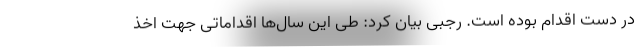
در دست اقدام بوده است. رجبی بیان کرد: طی این سال‌ها اقداماتی جهت اخذ